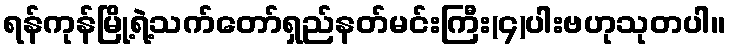
ရန်ကုန်မြို့ရဲ့သက်တော်ရှည်နတ်မင်းကြီး(၄)ပါးဗဟုသုတပါ။